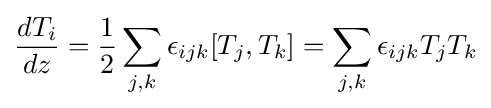
{\frac {dT_{i}}{dz}}={\frac {1}{2}}\sum _{j,k}\epsilon _{ijk}[T_{j},T_{k}]=\sum _{j,k}\epsilon _{ijk}T_{j}T_{k}